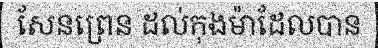
សែនព្រេន ដល់កុងម៉ាដែលបាន